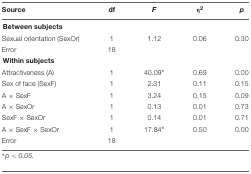
| Source | df | F | η2 | p |
 | --- | --- | --- | --- | --- |
 | <COLSPAN=5> Between subjects |
 | Sexual orientation (SexOr) | 1 | 1.12 | 0.06 | 0.30 |
 | Error | 18 |  |  |  |
 | <COLSPAN=5> Within subjects |
 | Attractiveness (A) | 1 | 40.09∗ | 0.69 | 0.00 |
 | Sex of face (SexF) | 1 | 2.31 | 0.11 | 0.15 |
 | A × SexF | 1 | 3.24 | 0.15 | 0.09 |
 | A × SexOr | 1 | 0.13 | 0.01 | 0.73 |
 | SexF × SexOr | 1 | 0.14 | 0.01 | 0.71 |
 | A × SexF × SexOr | 1 | 17.84∗ | 0.50 | 0.00 |
 | Error | 18 |  |  |  |